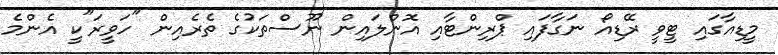
މީޑިއާގައި ޓީވީ ރޭޑިއޯ ނަގާފައި ޕްރިންޓާއި އޮންލައިން ނޫސްތަކުގެ ތެރެއިން "ހަވީރަ"ކީ އެންމެ